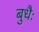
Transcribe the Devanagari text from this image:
बुधैः